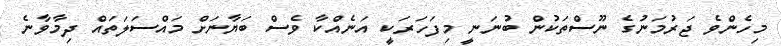
މިހެންވެ ޖަރުމަނުގެ ނޫސްތަކުން ބުނަނީ މިފަހަރަކީ އަނެއްކާ ވެސް ބަޔާނަށް މައްސަލަތައް ދިމާވާނެ